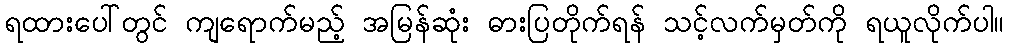
ရထားပေါ်တွင် ကျရောက်မည့် အမြန်ဆုံး ဓားပြတိုက်ရန် သင့်လက်မှတ်ကို ရယူလိုက်ပါ။